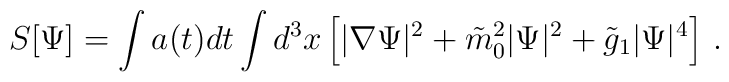
S[\Psi] = \int a(t)dt \int d^3x \left[ |\nabla\Psi|^2 + \tilde{m}^2_0 |\Psi|^2 + \tilde{g}_1 |\Psi|^4 \right]\,.